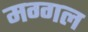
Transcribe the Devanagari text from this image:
मग्गल